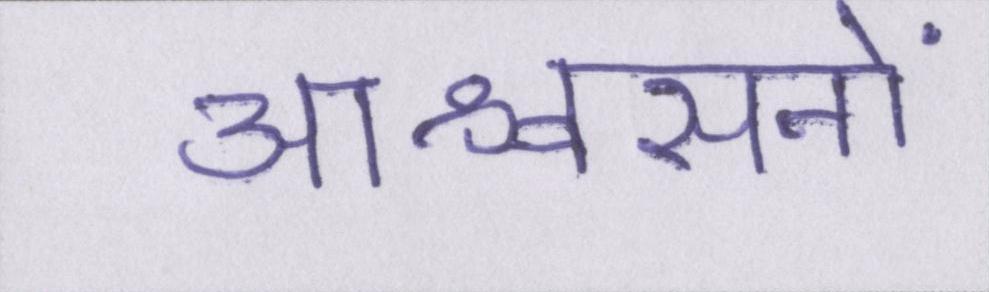
आश्वासनों